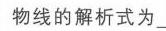
物线的解析式为\_